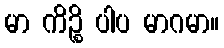
မာ ကိဉ္စိ ပါပ မာဂမာ။